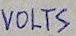
Text: VOLTS